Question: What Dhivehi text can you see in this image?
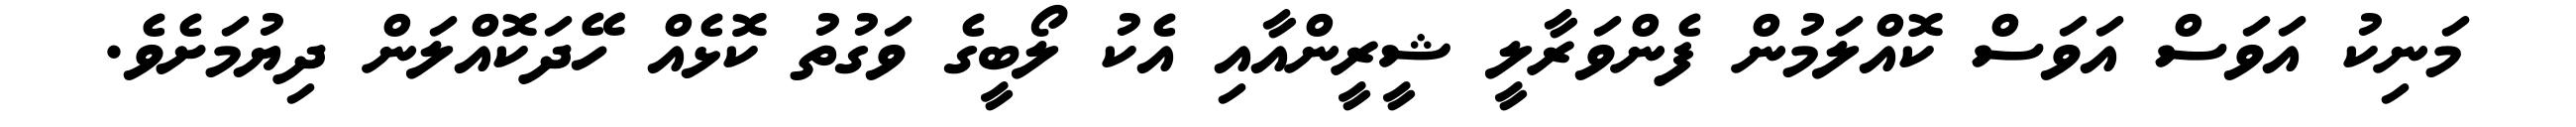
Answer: މަނިކު އަވަސް އަވަސް ކޮއްލަމުން ފެންވަރާލީ ޝީރީންއާއި އެކު ލޯބީގެ ވަގުތު ކޮޅެއް ހޭދަކޮއްލަން ދިޔުމަށެވެ.